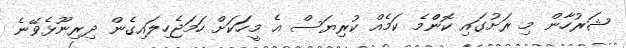
ޝަރުހާން މި ރަށުގައި ކޮންްމެ ކަމެއް ކުރިޔަސް އެ މީހަަކަށް ހަމަޖެހިލައިގެން ދިރިނޫޅެވޭނެ